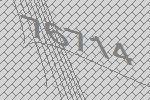
76714